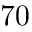
7 0